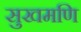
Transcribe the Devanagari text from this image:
सुखमणि